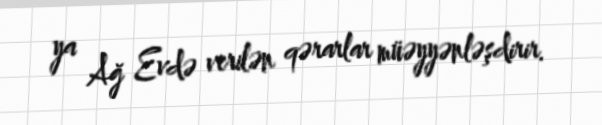
ya Ağ Evdə verilən qərarlar müəyyənləşdirir.